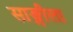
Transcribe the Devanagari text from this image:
साङ्गीला